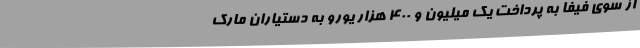
از سوی فیفا به پرداخت یک میلیون و ۴۰۰ هزار یورو به دستیاران مارک